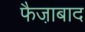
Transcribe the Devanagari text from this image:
फैजा़बाद